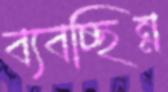
ব্যবচ্ছিন্ন